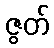
ဇွတ်